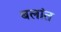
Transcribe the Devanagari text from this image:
बलांत